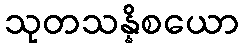
သုတသန္နိစယော